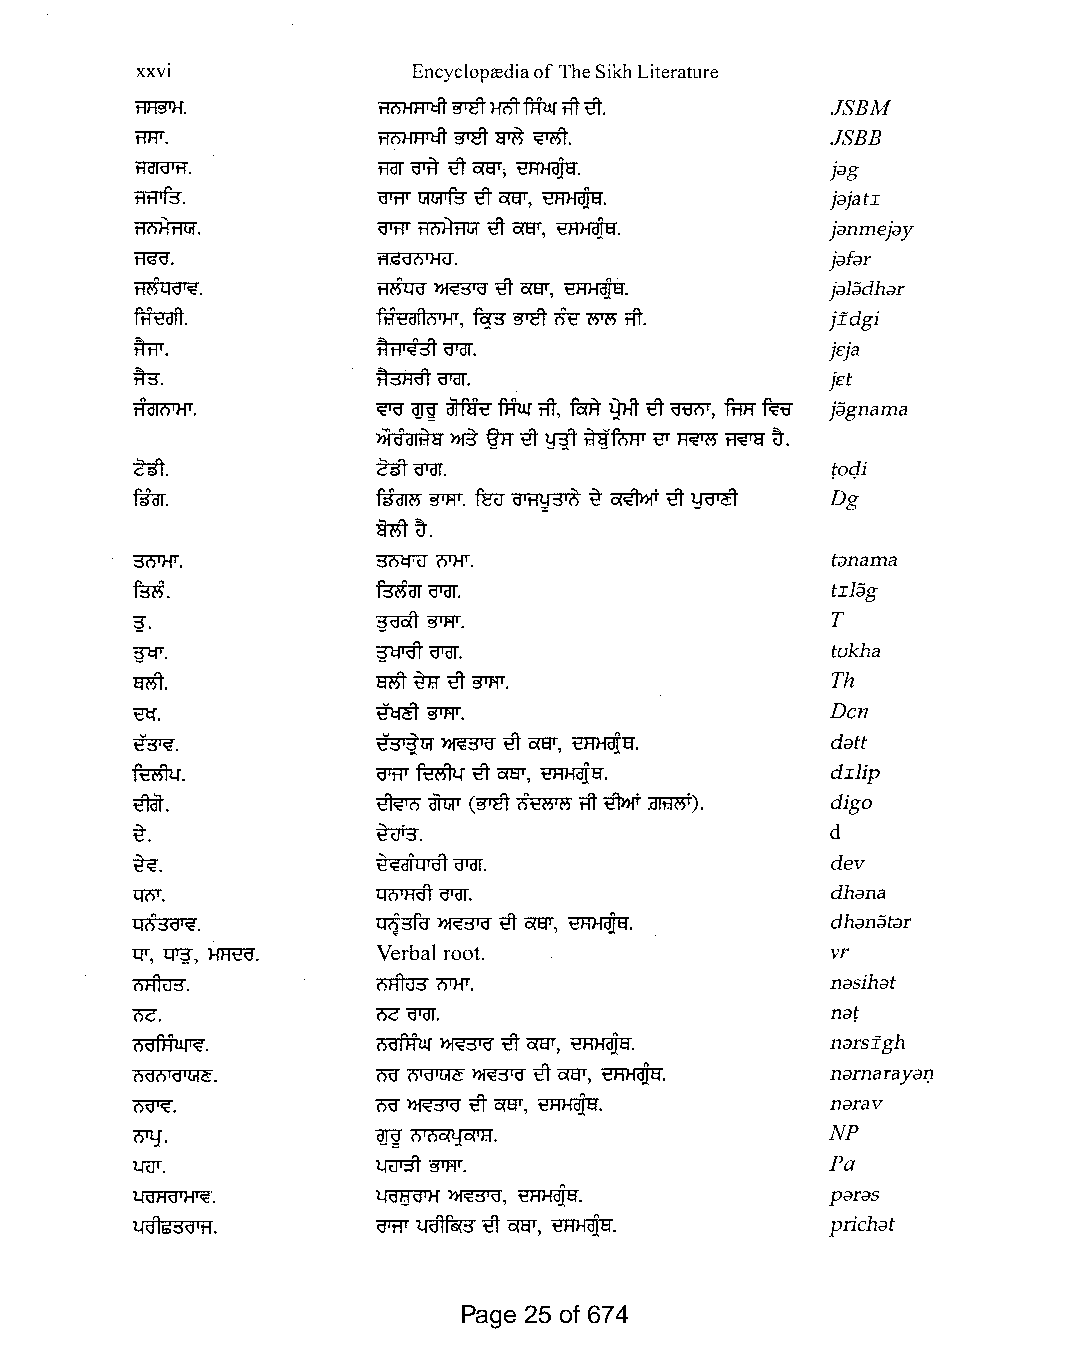
xxvi              EncycloprediaofTheSikhLiterature
 ~.              R01-fFITcft~HC'l9"fRurtft~.   JSBM
 m.
 i'IW.           R01-fFITcft ~ ~               JSBB
 traRJl'H.       traT orR ~ Ci!EfT; ~.         j;:Jg
 trtJTf3".       O'WlJIl:iI"Ifu ~ Ci!EfT, ~.   MatI
 'R"i'i'lft1liT. O'W ~  ~ Ci!EfT, ~.           j;:Jnmej;:Jy
 MGO.            ~.                            j;:Jf;:JT
 m5Qdi~.         mfuo ~  ~ Ci!EfT, ~.          j;:JIJdh;:JT
 ftRaft.         Ft.fd€ ni'i'IfT, fc3"3" ~ it!~ tft. jfdgi
 furr.           ~'d"OT.                       jeja
 #3".            ~'d"OT.                       jet
 Rorotw.         ~ ~ ~f'R'ur tft, f'ol"R i)Ht ~ Q"BOT, fffi:rm jJgnama
 ~    ~ ~~  ~  ~fowT€ ~ ~~.
 Z~.             zgj-'d"OT.                    tocji
 ftfur.          ~  -grw. fu(J ~ ~ ~ ~ tfOTit  Dg
 =         -
 fu;ft ~.
 3"('i1}{T.      ~   (lTHT.                    t;:Jnama
 ~.              ~'d"OT.                       tIl{;jg
 :}.             ~-grw.                        T
 ~.              ~'d"OT.                       tukha
 am.
 am~~~.                        Th
 tcf.            ~-grw.                        Den
 ~.              ~l:iI"~ ~ Ci!EfT, ~tf.        d;:Jtt
 ~.              O'W ~ ~ Ci!EfT, ~tf.          dIlip
 \ftiIT.         ~  -atw (~ ~ tft~:ar;;rW).    digo
 ~.              ~.                            d
 ~.              e~dlQldl 'd"OT.               dev
 "Q"i'iT.        l:Ii'i'FRit'd"OT.             dh;:Jna
 Q(')3dl~.       ~3ftr ~ ~ Ci!EfT, ~.          dh;:JnJt;:Jr
 "QT, "[fI:J, HFIt"d". Verbal root.            vr
 ~.              ~(lTHT.                       n;:Jsih;:Jt
 nc.             nc'd"OT.                      n;:Jt
 ~.              ~   ~   ~ Ci!EfT, ~.          n;:JTsfgh
 i'idi'ildIGlC:. Od" ~ ~   ~ Ci!EfT, ~.        n;:Jrnaray;:Jl)
 ~.              Od"~~Ci!EfT, ~.               n;:JTav
 NP
 0TtJ·           ~~.
 tmT.            tRJT3't -grw.                 Fa
 ~.              l.RJl3"QT}f ~, ~.             par;:Js
 tjdlS3d1ft.     O'W ~  ~ Ci!EfT, ~.           prich;:Jt
 Page 25 of 674